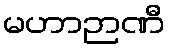
မဟာဉာဏီ